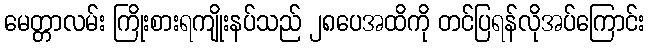
မေတ္တာလမ်း ကြိုးစားရကျိုးနပ်သည် ၂၈ပေအထိကို တင်ပြရန်လိုအပ်ကြောင်း